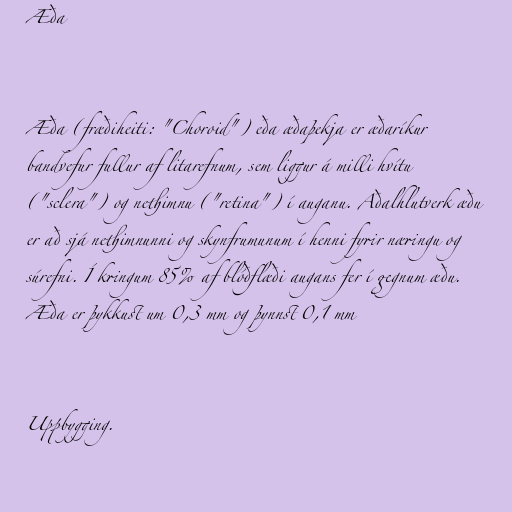
Æða

Æða (fræðiheiti: "Choroid") eða æðaþekja er æðaríkur
bandvefur fullur af litarefnum, sem liggur á milli hvítu
("sclera") og nethimnu ("retina") í auganu. Aðalhlutverk æðu
er að sjá nethimnunni og skynfrumunum í henni fyrir næringu og
súrefni. Í kringum 85% af blóðflæði augans fer í gegnum æðu.
Æða er þykkust um 0,3 mm og þynnst 0,1 mm

Uppbygging.